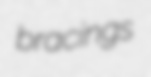
bracings